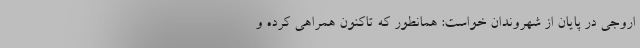
اروجی در پایان از شهروندان خواست: همانطور که تاکنون همراهی کرده و